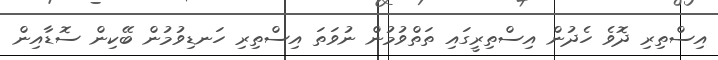
އިސްތިރި ދޮވެ ހެދުން އިސްތިރީގައި ތަތްވުމުން ނުވަތަ އިސްތިރި ހަނޑިވުމުން ބޭކިން ސޮޑާއިން